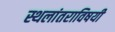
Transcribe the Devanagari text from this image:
स्थलांतराविषयी